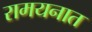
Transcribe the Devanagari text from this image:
रामयनात